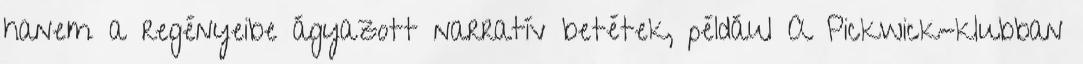
hanem a regényeibe ágyazott narratív betétek, például A Pickwick-klubban